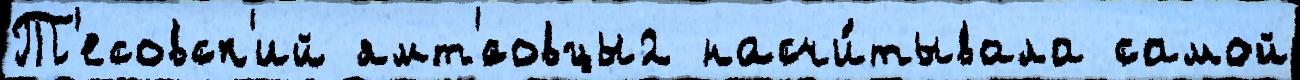
Т'есовск'ий ямт'́совцы2 насчи́тывала самой